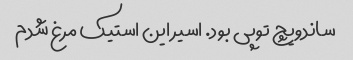
ساندویچ توپی بود. اسیر این استیک مرغ شدم